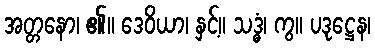
အတ္တနော၊ ၏။ ဒေဝိယာ၊ နှင့်။ သဒ္ဓံ၊ ကွ။ ပဒုဋ္ဌေန၊